Medical and sanitary report of the native army of Bengal for the year
Year: 1876
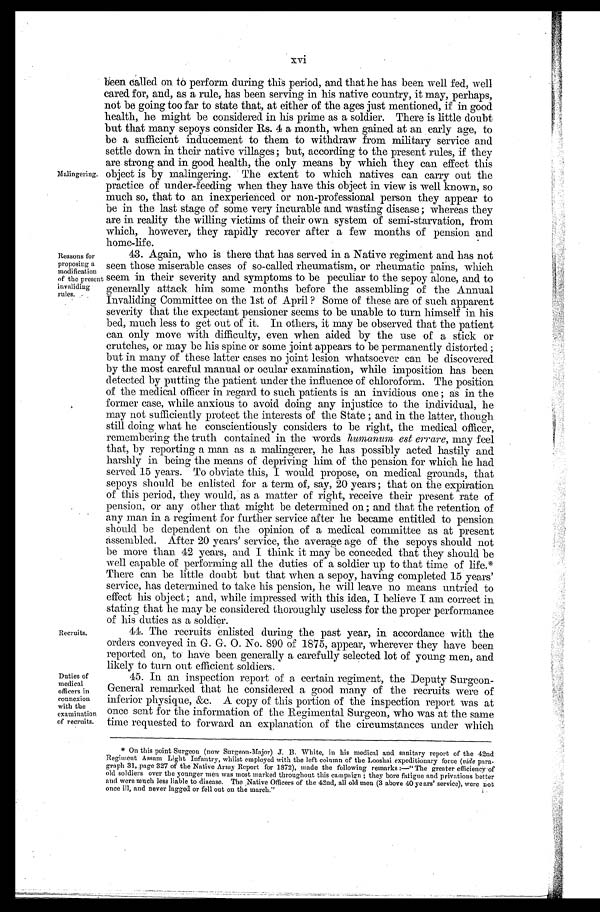
xvi
Malingering.
Reasons for
proposing a
modification
of the present
invaliding
rules.
been called on to perform during this period, and that he has been well fed, well
cared for, and, as a rule, has been serving in his native country, it may, perhaps,
not be going too far to state that, at either of the ages just mentioned, if in good
health, he might be considered in his prime as a soldier. There is little doubt
but that many sepoys consider Rs. 4 a month, when gained at an early age, to
be a sufficient inducement to them to withdraw from military service and
settle down in their native villages ; but, according to the present rules, if they
are strong and in good health, the only means by which they can effect this
object is by malingering. The extent to which natives can carry out the
practice of under-feeding when they have this object in view is well known, so
much so, that to an inexperienced or non-professional person they appear to
be in the last stage of some very incurable and wasting disease ; whereas they
are in reality the willing victims of their own system of semi-starvation, from
which, however, they rapidly recover after a few months of pension and
home-life.
43. Again, who is there that has served in a Native regiment and has not
seen those miserable cases of so-called rheumatism, or rheumatic pains, which
seem in their severity and symptoms to be peculiar to the sepoy alone, and to
generally attack him some months before the assembling of the Annual
Invaliding Committee on the 1st of April ? Some of these are of such apparent
severity that the expectant pensioner seems to be unable to turn himself in his
bed, much less to get out of it. In others, it may be observed that the patient
can only move with difficulty, even when aided by the use of a stick or
crutches, or may be his spine or some joint appears to be permanently distorted ;
but in many of these latter cases no joint lesion whatsoever can be discovered
by the most careful manual or ocular examination, while imposition has been
detected by putting the patient under the influence of chloroform. The position
of the medical officer in regard to such patients is an invidious one ; as in the
former case, while anxious to avoid doing any injustice to the individual, he
may not sufficiently protect the interests of the State ; and in the latter, though
still doing what he conscientiously considers to be right, the medical officer,
remembering the truth contained in the words humanum est errare, may feel
that, by reporting a man as a malingerer, he has possibly acted hastily and
harshly in being the means of depriving him of the pension for which he had
served 15 years. To obviate this, I would propose, on medical grounds, that
sepoys should be enlisted for a term of, say, 20 years ; that on the expiration
of this period, they would, as a matter of right, receive their present rate of
pension, or any other that might be determined on ; and that the retention of
any man in a regiment for further service after he became entitled to pension
should be dependent on the opinion of a medical committee as at present
assembled. After 20 years' service, the average age of the sepoys should not
be more than 42 years, and I think it may be conceded that they should be
well capable of performing all the duties of a soldier up to that time of life.*
There can be little doubt but that when a sepoy, having completed 15 years'
service, has determined to take his pension, he will leave no means untried to
effect his object ; and, while impressed with this idea, I believe I am correct in
stating that he may be considered thoroughly useless for the proper performance
of his duties as a soldier.
Recruits.
Duties of
medical
officers in
connexion
with the
examination
of recruits.
44. The recruits enlisted during the past year, in accordance with the
orders conveyed in G. G. O. No. 890 of 1875, appear, wherever they have been
reported on, to have been generally a carefully selected lot of young men, and
likely to turn out efficient soldiers.
45. In an inspection report of a certain regiment, the Deputy Surgeon-
General remarked that he considered a good many of the recruits were of
inferior physique, &c. A copy of this portion of the inspection report was at
once sent for the information of the Regimental Surgeon, who was at the same
time requested to forward an explanation of the circumstances under which
* On this point Surgeon (now Surgeon-Major) J. B. White, in his medical and sanitary report of the 42nd
Regiment Assam Light Infantry, whilst employed with the left column of the Looshai expeditionary force (vide para-
graph 31, page 327 of the Native Army Report for 1872), made the following remarks :—" The greater efficiency of
ol d s ol di er s over t he younger men was mos t mar ked t hr oughout t hi s campai gn ; t hey bor e f at i gue and pr i vat i ons bet t er
and were much less liable to disease. The Native Officers of the 42nd, all old men (3 above 40 years' service), were not
once ill, and never lagged or fell out on the march."